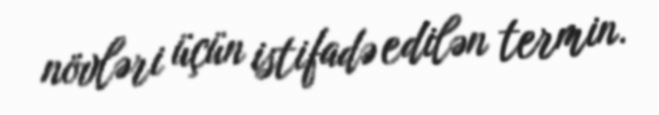
növləri üçün istifadə edilən termin.